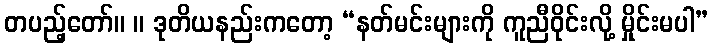
တပည့်တော်။ ။ ဒုတိယနည်းကတော့ “နတ်မင်းများကို ကူညီဝိုင်းလို့ မှိုင်းမပါ”